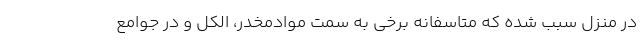
در منزل سبب شده که متاسفانه برخی به سمت موادمخدر، الکل و در جوامع